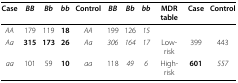
<table><thead><tr><td><b>Case</b></td><td><b><i>BB</i></b></td><td><b><i>Bb</i></b></td><td><b><i>bb</i></b></td><td><b>Control</b></td><td><b><i>BB</i></b></td><td><b><i>Bb</i></b></td><td><b><i>bb</i></b></td><td><b>MDR table</b></td><td><b>Case</b></td><td><b>Control</b></td></tr></thead><tbody><tr><td><i>AA</i></td><td>179</td><td>119</td><td><b>18</b></td><td><i>AA</i></td><td>199</td><td>126</td><td><i>15</i></td><td></td><td></td><td></td></tr><tr><td><i>Aa</i></td><td><b>315</b></td><td><b>173</b></td><td><b>26</b></td><td><i>Aa</i></td><td><i>306</i></td><td><i>164</i></td><td><i>17</i></td><td>Low-risk</td><td>399</td><td>443</td></tr><tr><td><i>aa</i></td><td>101</td><td>59</td><td><b>10</b></td><td><i>aa</i></td><td>118</td><td><i>49</i></td><td><i>6</i></td><td>High-risk</td><td><b>601</b></td><td><i>557</i></td></tr></tbody></table>